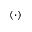
( \cdot )